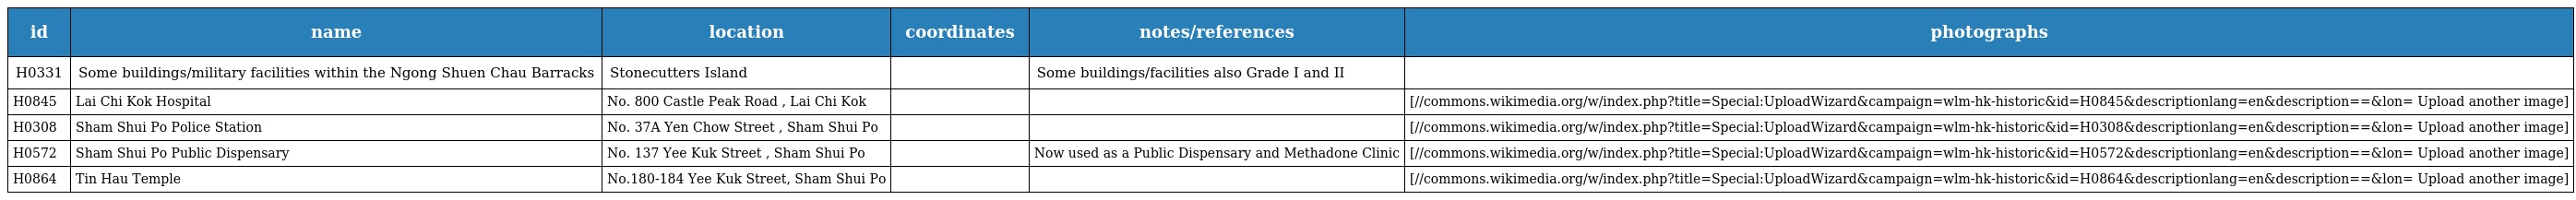
| id | name | location | coordinates | notes/references | photographs |
 | --- | --- | --- | --- | --- | --- |
 | H0331 | Some buildings/military facilities within the Ngong Shuen Chau Barracks | Stonecutters Island |  | Some buildings/facilities also Grade I and II |  |
 | H0845 | Lai Chi Kok Hospital | No. 800 Castle Peak Road , Lai Chi Kok |  |  | [//commons.wikimedia.org/w/index.php?title=Special:UploadWizard&campaign=wlm-hk-historic&id=H0845&descriptionlang=en&description=⪫=&lon= Upload another image] |
 | H0308 | Sham Shui Po Police Station | No. 37A Yen Chow Street , Sham Shui Po |  |  | [//commons.wikimedia.org/w/index.php?title=Special:UploadWizard&campaign=wlm-hk-historic&id=H0308&descriptionlang=en&description=⪫=&lon= Upload another image] |
 | H0572 | Sham Shui Po Public Dispensary | No. 137 Yee Kuk Street , Sham Shui Po |  | Now used as a Public Dispensary and Methadone Clinic | [//commons.wikimedia.org/w/index.php?title=Special:UploadWizard&campaign=wlm-hk-historic&id=H0572&descriptionlang=en&description=⪫=&lon= Upload another image] |
 | H0864 | Tin Hau Temple | No.180-184 Yee Kuk Street, Sham Shui Po |  |  | [//commons.wikimedia.org/w/index.php?title=Special:UploadWizard&campaign=wlm-hk-historic&id=H0864&descriptionlang=en&description=⪫=&lon= Upload another image] |